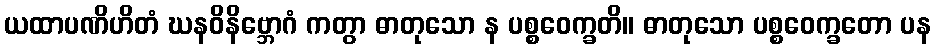
ယထာပဏိဟိတံ ဃနဝိနိဗ္ဘောဂံ ကတွာ ဓာတုသော န ပစ္စဝေက္ခတိ။ ဓာတုသော ပစ္စဝေက္ခတော ပန